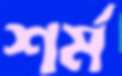
শর্ম